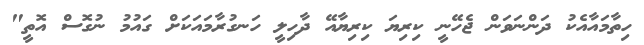
ހިތާމައާއެކު ދަންނަވަން ޖެހޭނީ ކިރިޔަ ކިރިޔާއޭ ދާހިލީ ހަނގުރާމައަކަށް ގައުމު ނުގޮސް އޮތީ"